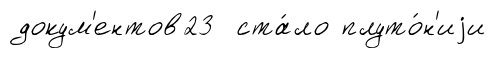
докум'ентов23 ста́ло плуто́н'иjи